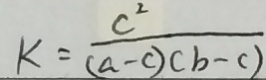
k = \frac { c ^ { 2 } } { ( a - c ) ( b - c ) }